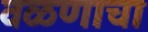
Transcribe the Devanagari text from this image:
वळणाचा